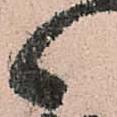
候